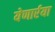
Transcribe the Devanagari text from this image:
येणार्रया